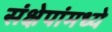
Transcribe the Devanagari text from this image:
संक्षेपांमध्ये